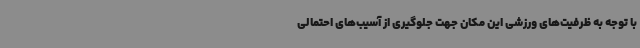
با توجه به ظرفیت‌های ورزشی این مکان جهت جلوگیری از آسیب‌های احتمالی